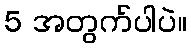
5 အတွက်ပါပဲ။